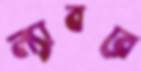
ল্যাবরে